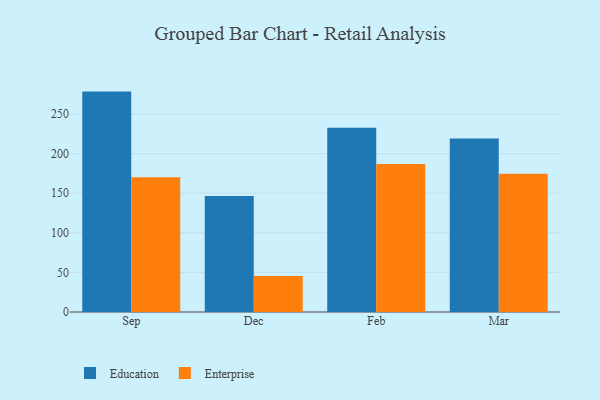
{"axis": {"x": "Month", "y": "Market Share (%)"}, "legend": ["Education", "Enterprise"], "data": [{"x": "Sep", "y": 278.4, "type": "Education"}, {"x": "Sep", "y": 170.2, "type": "Enterprise"}, {"x": "Dec", "y": 146.5, "type": "Education"}, {"x": "Dec", "y": 45.4, "type": "Enterprise"}, {"x": "Feb", "y": 232.8, "type": "Education"}, {"x": "Feb", "y": 186.9, "type": "Enterprise"}, {"x": "Mar", "y": 219.0, "type": "Education"}, {"x": "Mar", "y": 174.5, "type": "Enterprise"}]}